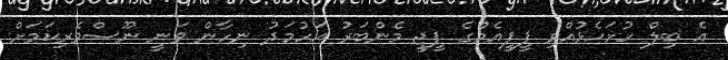
އެ ބިލް ހުށަހެޅުއްވި ޕީޕީއެމްގެ ޕީޖީ މެންބަރު އަހުމަދު ނިހާން ވަނީ ނޫސްވެރިކަމަށް